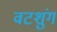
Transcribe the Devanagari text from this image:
वटशुंग